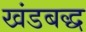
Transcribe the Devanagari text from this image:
खंडबद्ध